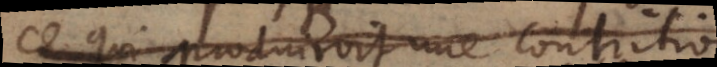
ce qui produiroit une contrition